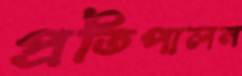
প্রতিপালন